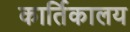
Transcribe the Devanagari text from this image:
कार्तिकालय